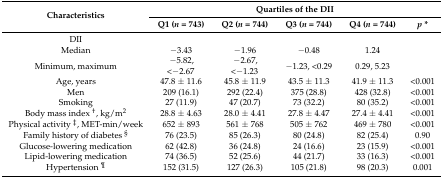
<table><thead><tr><td rowspan="2"><b>Characteristics</b></td><td colspan="5"><b>Quartiles of the DII</b></td></tr><tr><td><b>Q1 (<i>n</i> = 743)</b></td><td><b>Q2 (<i>n</i> = 744)</b></td><td><b>Q3 (<i>n</i> = 744)</b></td><td><b>Q4 (<i>n</i> = 744)</b></td><td><b><i>p</i> *</b></td></tr></thead><tbody><tr><td>DII</td><td></td><td></td><td></td><td></td><td></td></tr><tr><td>Median</td><td>−3.43</td><td>−1.96</td><td>−0.48</td><td>1.24</td><td></td></tr><tr><td>Minimum, maximum</td><td>−5.82, &lt;−2.67</td><td>−2.67, &lt;−1.23</td><td>−1.23, &lt;0.29</td><td>0.29, 5.23</td><td></td></tr><tr><td>Age, years</td><td>47.8 ± 11.6</td><td>45.8 ± 11.9</td><td>43.5 ± 11.3</td><td>41.9 ± 11.3</td><td>&lt;0.001</td></tr><tr><td>Men</td><td>209 (16.1)</td><td>292 (22.4)</td><td>375 (28.8)</td><td>428 (32.8)</td><td>&lt;0.001</td></tr><tr><td>Smoking</td><td>27 (11.9)</td><td>47 (20.7)</td><td>73 (32.2)</td><td>80 (35.2)</td><td>&lt;0.001</td></tr><tr><td>Body mass index <sup>†</sup>, kg/m<sup>2</sup></td><td>28.8 ± 4.63</td><td>28.0 ± 4.41</td><td>27.8 ± 4.47</td><td>27.4 ± 4.41</td><td>&lt;0.001</td></tr><tr><td>Physical activity <sup>‡</sup>, MET-min/week</td><td>652 ± 893</td><td>561 ± 768</td><td>505 ± 762</td><td>469 ± 780</td><td>&lt;0.001</td></tr><tr><td>Family history of diabetes <sup>§</sup></td><td>76 (23.5)</td><td>85 (26.3)</td><td>80 (24.8)</td><td>82 (25.4)</td><td>0.90</td></tr><tr><td>Glucose-lowering medication</td><td>62 (42.8)</td><td>36 (24.8)</td><td>24 (16.6)</td><td>23 (15.9)</td><td>&lt;0.001</td></tr><tr><td>Lipid-lowering medication</td><td>74 (36.5)</td><td>52 (25.6)</td><td>44 (21.7)</td><td>33 (16.3)</td><td>&lt;0.001</td></tr><tr><td>Hypertension <sup>¶</sup></td><td>152 (31.5)</td><td>127 (26.3)</td><td>105 (21.8)</td><td>98 (20.3)</td><td>0.001</td></tr></tbody></table>